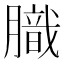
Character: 膱